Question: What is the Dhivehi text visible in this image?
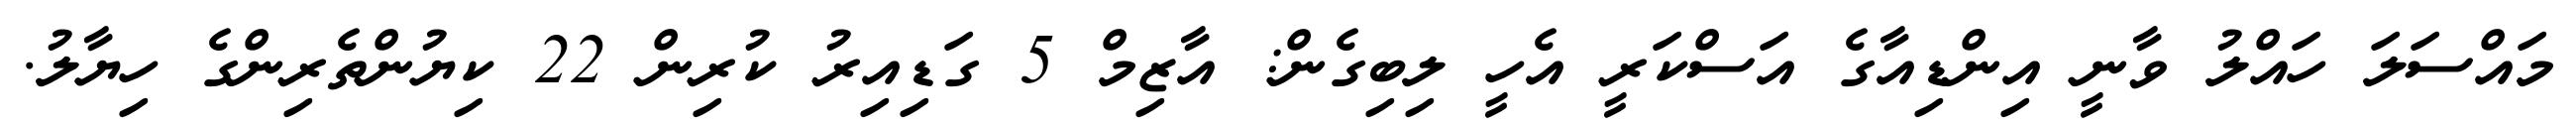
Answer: މައްސަލަ ހައްލު ވާނީ އިންޑިއާގެ އަސްކަރީ އެހީ ލިބިގެން: އާޒިމް 5 ގަޑިއިރު ކުރިން 22 ކިޔުންތެރިންގެ ހިޔާލު.